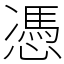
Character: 憑